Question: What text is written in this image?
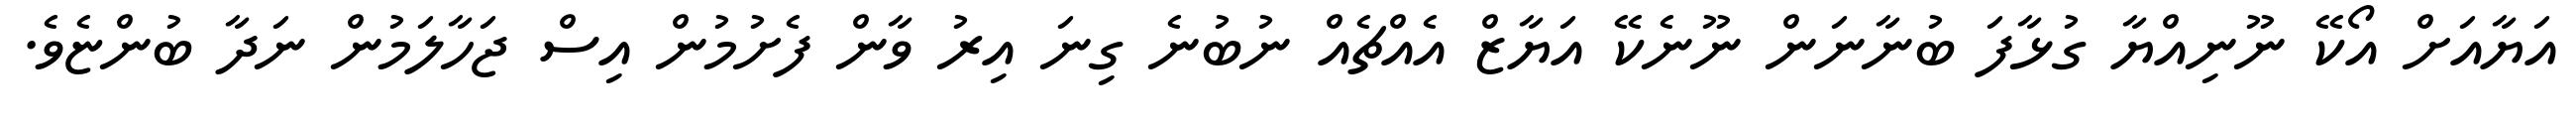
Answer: އަޔާއަށް އޯކޭ ނޫނިއްޔާ ގުޅާފަ ބުނާނަން ނޫނެކޭ އަޔާޒް އެއްޗެއް ނުބުނެ ގިނަ އިރު ވާން ފެށުމުން އިސް ޖަހާލަމުން ނަދާ ބުންޏެވެ.